Leaving Certificate Examination, 1911
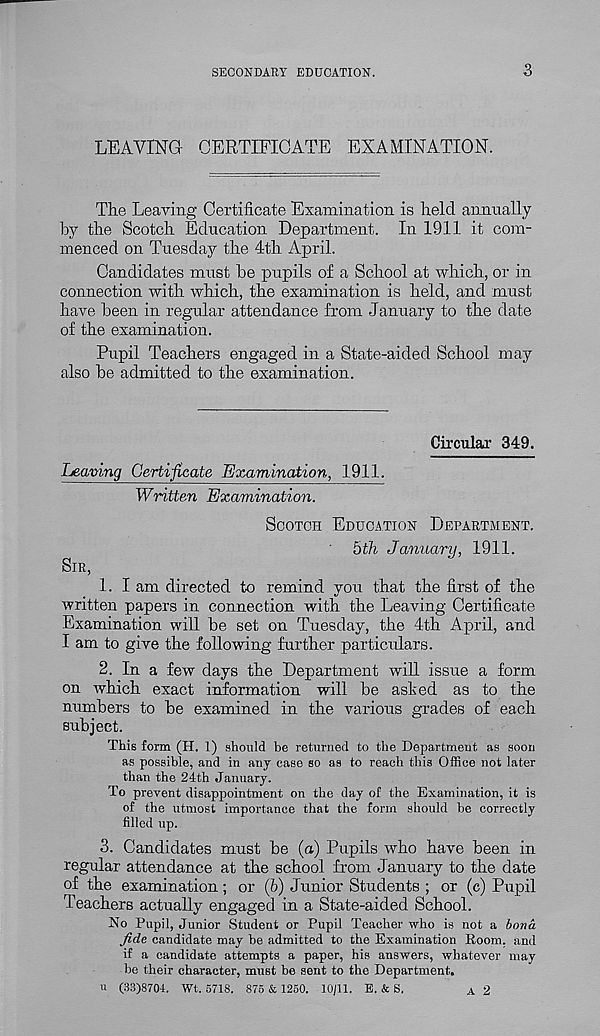
SECONDARY EDUCATION.
3
LEAVING CERTIFICATE EXAMINATION.
The Leaving Certificate Examination is held annually
by the Scotch Education Department. In 1911 it com-
menced on Tuesday the 4th April.
Candidates must be pupils of a School at which, or in
connection with which, the examination is held, and must
have been in regular attendance from January to the date
of the examination.
Pupil Teachers engaged in a State-aided School may
also be admitted to the examination.
Circular 349.
Leaving Certificate Examination, 1911.
Written Examination.
SCOTCH EDUCATION DEPARTMENT.
bth January, 1911.
SIR,
1. I am directed to remind you that the first of the
written papers in connection with the Leaving Certificate
Examination will be set on Tuesday, the 4th April, and
I am to give the following further particulars.
2. In a few days the Department will issue a form
on which exact information will be ashed as to the
numbers to be examined in the various grades of each
subject.
This form (H. 1) should be returned to the Department as soon
as possible, and in any case so as to reach this Office not later
than the 24th January.
To prevent disappointment on the day of the Examination, it is
of the utmost importance that the form should he correctly
filled up.
3. Candidates must be (a) Pupils who have been in
regular attendance at the school from January to the date
of the examination; or (b) Junior Students ; or (c) Pupil
Teachers actually engaged in a State-aided School.
No Pupil, Junior Student or Pupil Teacher who is not a bona
Jide candidate may he admitted to the Examination Room, and
if a candidate attempts a paper, his answers, whatever may
be their character, must be sent to the Department.
u (33)8704. Wt. 5718. 875 & 1250. 10/11. E. & S.
A 2